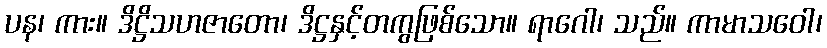
ပန၊ ကား။ ဒိဋ္ဌိသဟဇာတော၊ ဒိဋ္ဌနှင့်တကွဖြစ်သော။ ရာဂေါ၊ သည်။ ကာမာသဝေါ၊